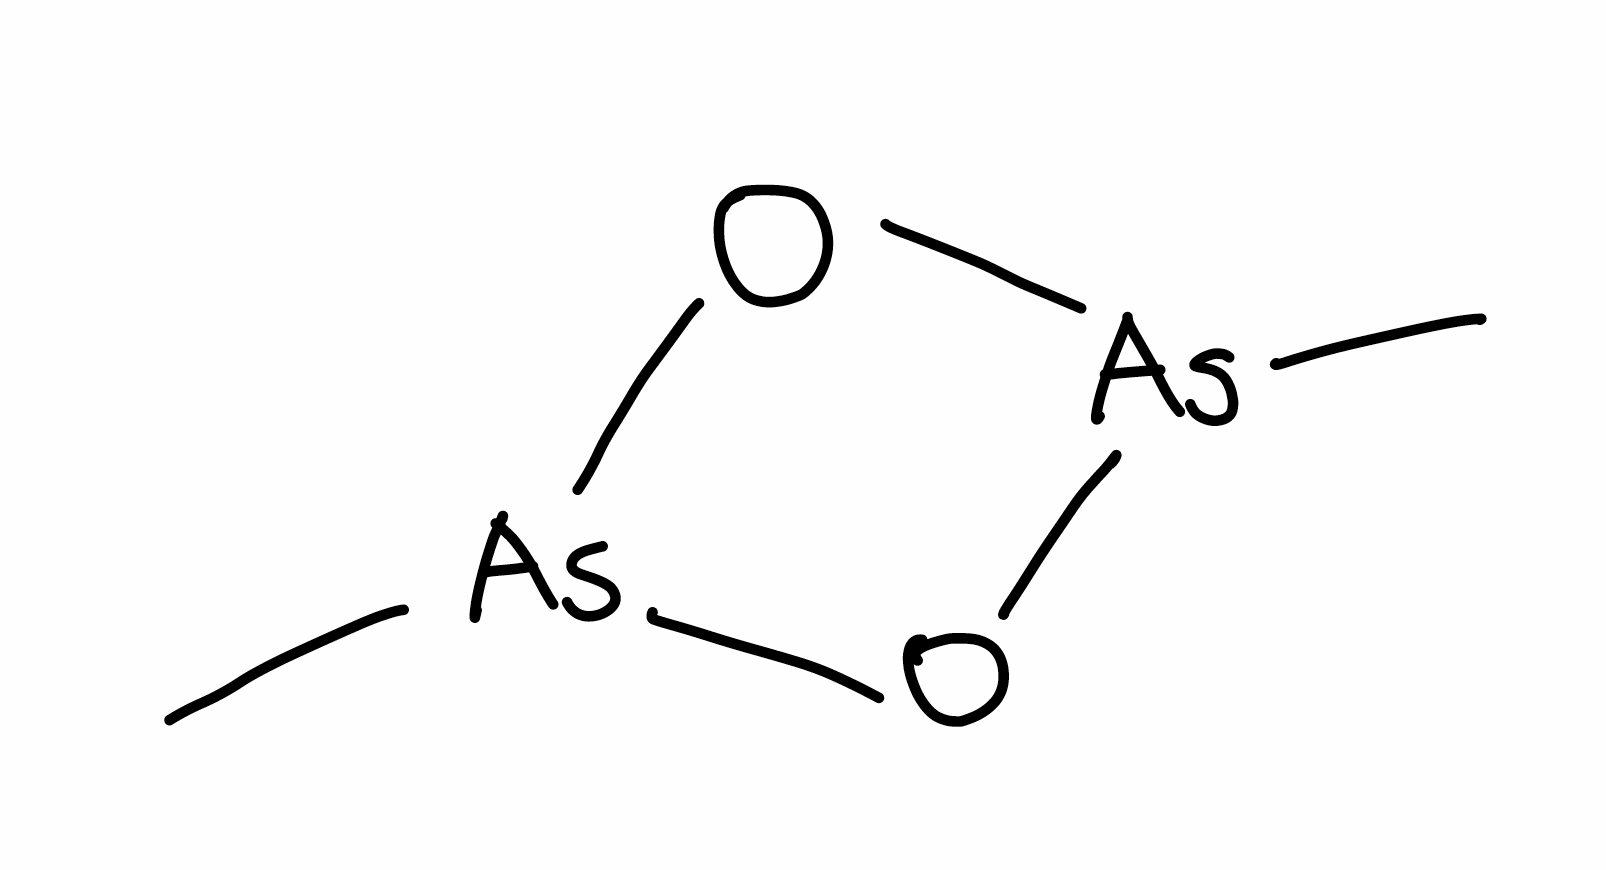
Simplified molecular-input line-entry system (SMILES) notation of the given molecule:
C[As]1O[As](O1)C